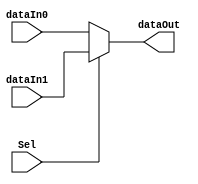
module Mux_2_1 ( dataIn0, dataIn1, Sel, dataOut );
    parameter   dataWidth = 32;

    input       [dataWidth - 1 : 0] dataIn0, dataIn1;
    input                           Sel;
    output  reg [dataWidth - 1 : 0] dataOut;

    initial                         dataOut = 0;

    // assign  dataOut = Sel ? dataIn1 : dataIn0;
    always  @ ( Sel, dataIn0, dataIn1 )
    begin
        if ( Sel )      dataOut = dataIn1;
        else            dataOut = dataIn0;
    end
endmodule